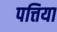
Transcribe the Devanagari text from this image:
पत्तिया